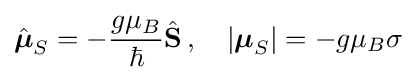
{\hat {\boldsymbol {\mu }}}_{S}=-{\frac {g\mu _{B}}{\hbar }}{\hat {\mathbf {S} }}\,,\quad \left|{\boldsymbol {\mu }}_{S}\right|=-g\mu _{B}\sigma